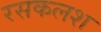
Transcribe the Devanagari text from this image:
रसकलश